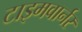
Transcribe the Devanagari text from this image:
टाइमवार्नर